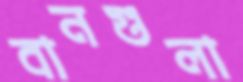
বানগুলা